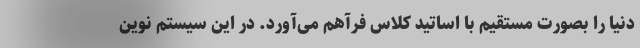
دنیا را بصورت مستقیم با اساتید کلاس فرآهم می‌آورد. در این سیستم نوین